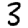
Digit: 3